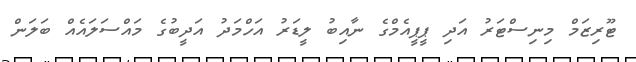
ޓޫރިޒަމް މިނިސްޓަރު އަދި ޕީޕީއެމްގެ ނާއިބު ލީޑަރު އަހްމަދު އަދީބުގެ މައްސަލައެއް ބަލަން